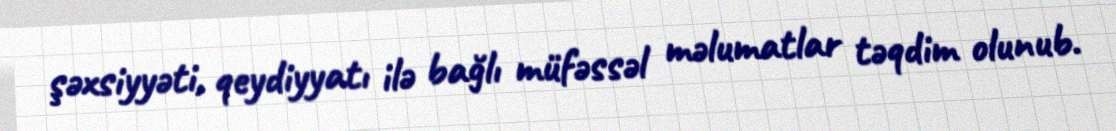
şəxsiyyəti, qeydiyyatı ilə bağlı müfəssəl məlumatlar təqdim olunub.